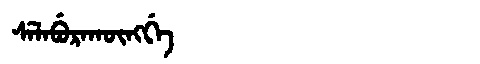
Manchu: ᠰᡝᠯᠠᠪᡠᡵᠠᡴᡡᠩᡤᡝ
Romanization: SELABURAKŪNGGE